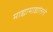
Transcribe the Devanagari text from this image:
माद्यामाद्यांतले